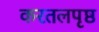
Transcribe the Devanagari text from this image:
करतलपृष्ठ